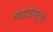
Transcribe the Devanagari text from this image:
चढाईपटूची